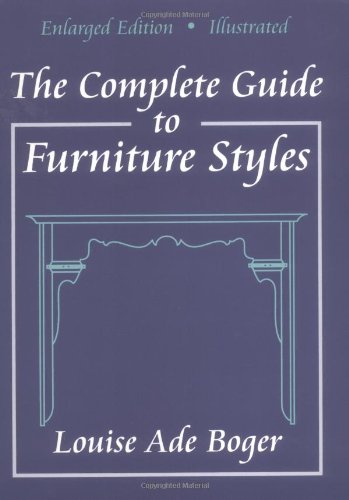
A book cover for The Complete Guide to Furniture Styles; Louise Ade Boger; Crafts, Hobbies & Home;